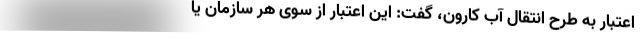
اعتبار به طرح انتقال آب کارون، گفت: این اعتبار از سوی هر سازمان یا